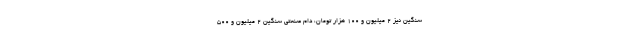
سنگین نیز ۲ میلیون و ۱۰۰ هزار تومان، دام صنعتی سنگین ۲ میلیون و ۵۰۰